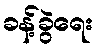
ခန့်ခွဲရေး